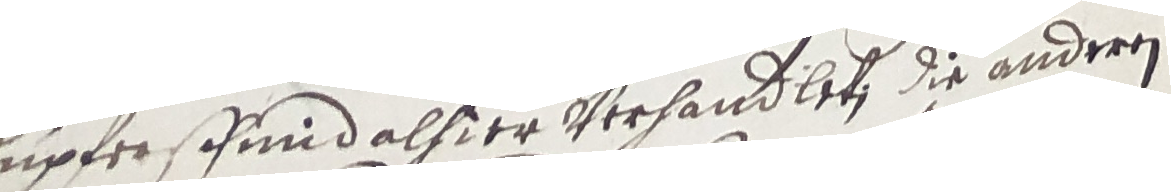
kupferschmid alsier verhandleten die anderen